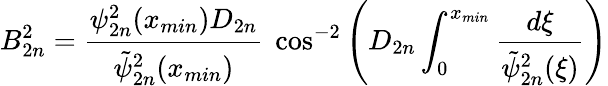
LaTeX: B_{2n}^{2}=\frac{\psi_{2n}^{2}(x_{min})D_{2n}}{\tilde{\psi}_{2n}^{2}(x_{min})}\ \cos^{-2}\left(D_{2n}\int_{0}^{x_{min}}\frac{d\xi}{\tilde{\psi}_{2n}^{2}(\xi)}\right)